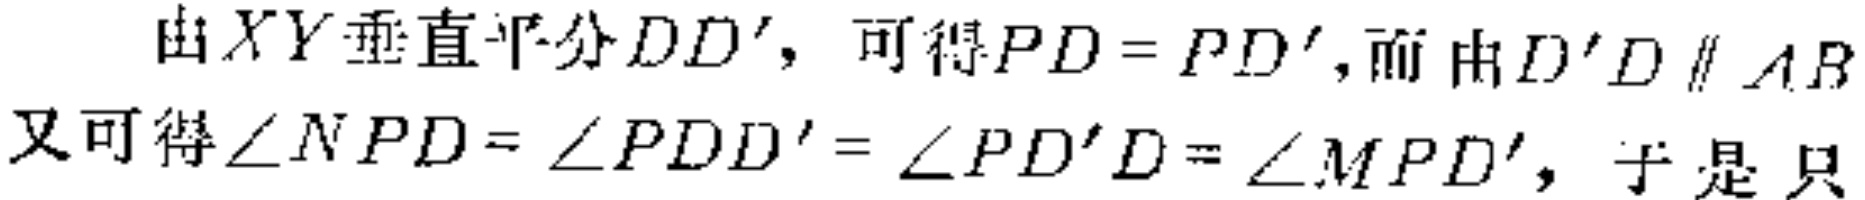
由$XY$垂直平分$DD'$，可得$PD = PD'$，而由$D'D\parallel AB$又可得$\angle NPD=\angle PDD'=\angle PD'D=\angle MPD'$，于是只